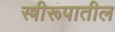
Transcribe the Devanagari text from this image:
स्त्रीरूपातील